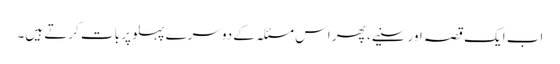
اب ایک قصہ اور سنیے، پھر اس مسئلہ کے دوسرے پہلو پر بات کرتے ہیں۔